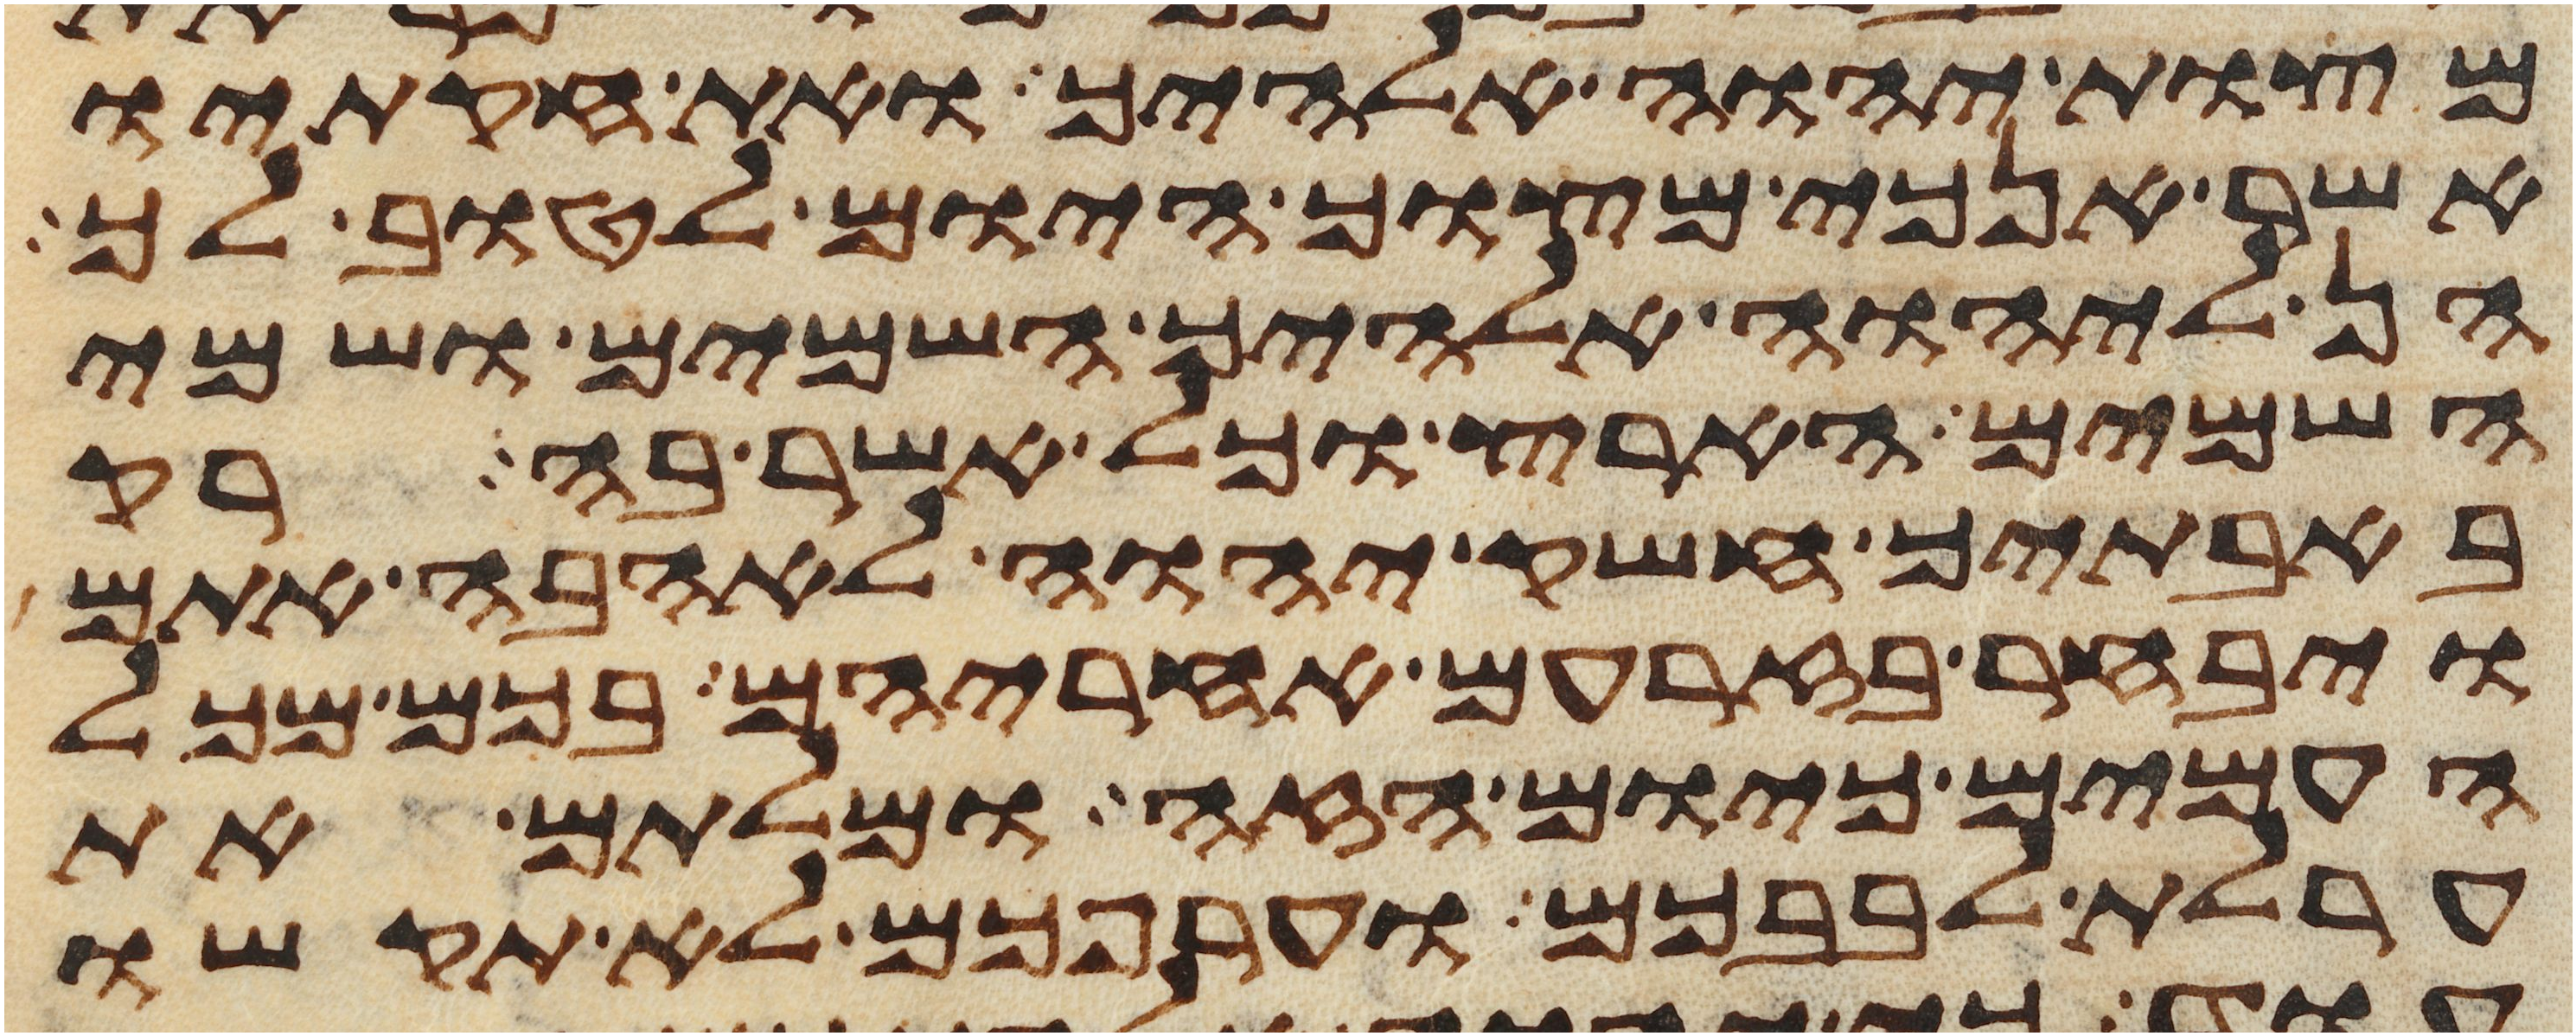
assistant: מצות יהוה אלהיך ואת חקתיו
אשר אנכי מצוך היום לטוב לך
הן ליהוה אלהיך השמים ושמי
השמים הארץ וכל אשר בה רק
באבתיך חשק יהוה לאהבה אתם
ויבחר בזרעם אחריהם בכם מכל
העמים כיום הזה ומלתם את
ערלת לבבכם וערפכם לא תקשו